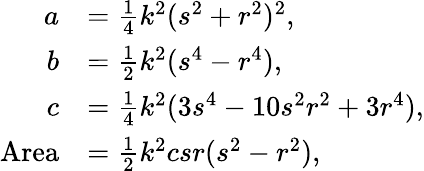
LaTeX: {\begin{array}{rl}{a}&{={\frac{1}{4}}k^{2}(s^{2}+r^{2})^{2},}\\ {b}&{={\frac{1}{2}}k^{2}(s^{4}-r^{4}),}\\ {c}&{={\frac{1}{4}}k^{2}(3s^{4}-10s^{2}r^{2}+3r^{4}),}\\ {{\mathrm{Area}}}&{={\frac{1}{2}}k^{2}csr(s^{2}-r^{2}),}\end{array}}